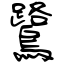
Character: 鷺